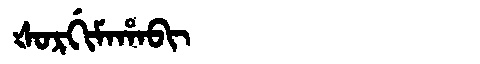
Manchu: ᡧᠣᡵᡤᡳᠮᠠᡥᠠᠪᡳ
Romanization: ŠORGIMAHABI